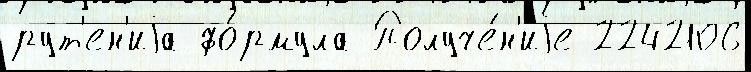
рут'ен'иjа фо́рмула Получе́н'иjе 2242106